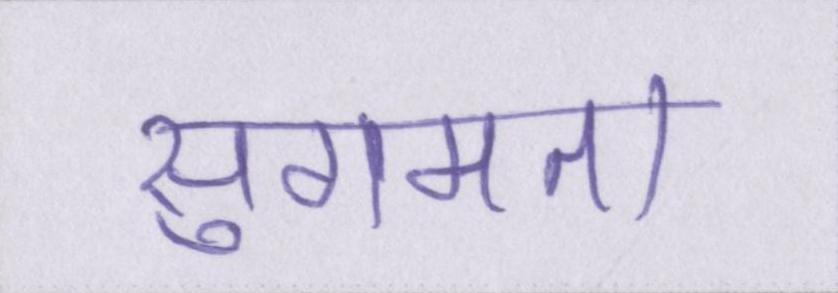
सुगमता